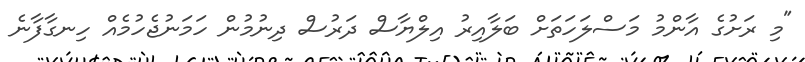
"މި ރަށުގެ އާންމު މަސްލަހަތަށް ބަލާއިރު އިލްޔާސް ދަރުސް ދިނުމުން ހަމަނުޖެހުމެއް ހިނގާފާނެ